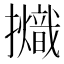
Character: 𢹊